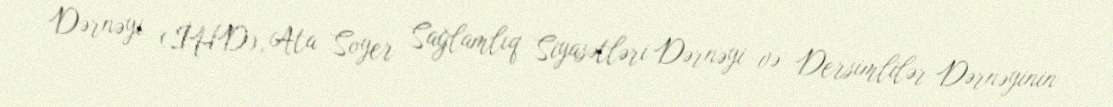
Dərnəyi (İHD), Ata Soyer Sağlamlıq Siyasətləri Dərnəyi və Dersimlilər Dərnəyinin